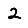
Digit: 2